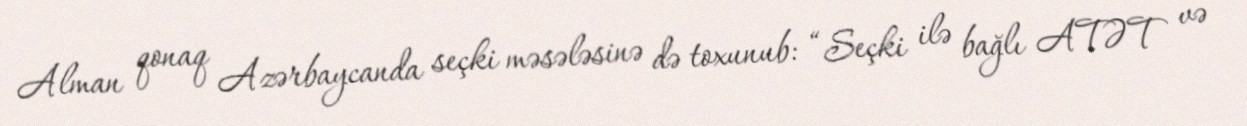
Alman qonaq Azərbaycanda seçki məsələsinə də toxunub: “Seçki ilə bağlı ATƏT və